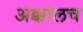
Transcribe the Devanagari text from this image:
अक्कालच